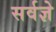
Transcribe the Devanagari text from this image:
सर्वज्ञे